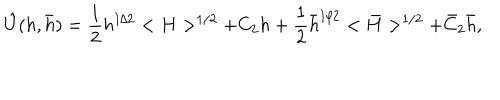
\hat { U } ( h , \bar { h } ) = { \frac { 1 } { 2 } } h ^ { 1 / 2 } < H > ^ { 1 / 2 } + C _ { 2 } h + { \frac { 1 } { 2 } } \bar { h } ^ { 1 / 2 } < \bar { H } > ^ { 1 / 2 } + \bar { C } _ { 2 } \bar { h } ,